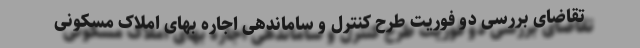
تقاضای بررسی دو فوریت طرح کنترل و ساماندهی اجاره‌ بهای املاک مسکونی